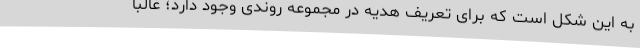
به این شکل است که برای تعریف هدیه در مجموعه روندی وجود دارد؛ غالبا